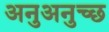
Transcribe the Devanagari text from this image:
अनुअनुच्छ